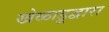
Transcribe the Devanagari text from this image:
खेळाडूद्वारा